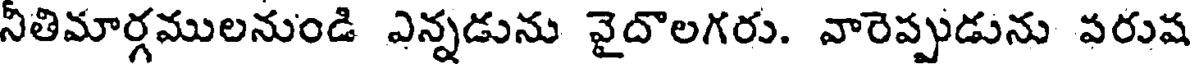
నీతిమార్గములనుండి ఎన్నడును వైదొలగరు. వారెప్పుడును పరుష